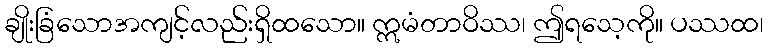
ချိုးခြံသောအကျင့်လည်းရှိထသော။ ဣမံတာဝိဿ၊ ဤရသေ့ကို။ ပဿထ၊